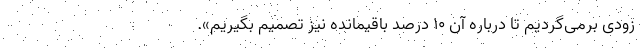
زودی برمی‌گردیم تا درباره آن ۱۰ درصد باقیمانده نیز تصمیم بگیریم».